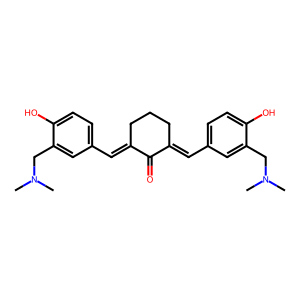
SMILES: CN(C)Cc1cc(C=C2CCCC(=Cc3ccc(O)c(CN(C)C)c3)C2=O)ccc1O
Inhibits HIV replication: No